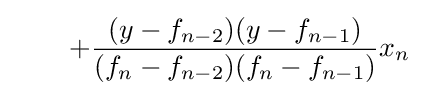
\qquad +{\frac {(y-f_{n-2})(y-f_{n-1})}{(f_{n}-f_{n-2})(f_{n}-f_{n-1})}}x_{n}